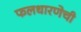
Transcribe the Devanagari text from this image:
फलधारणेची